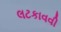
લટકાવવી